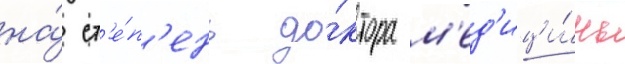
на́ ст'е́п'ень до́ктора м'ед'ици́ны